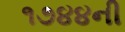
૧૭૪૪ની